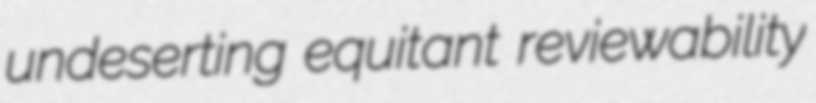
undeserting equitant reviewability